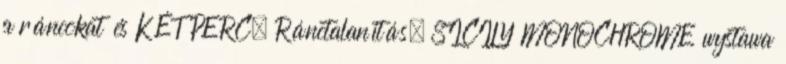
a ráncokat és KÉT PERC. Ránctalanítás. SICILY MONOCHROME wystawa